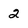
Character: 2